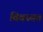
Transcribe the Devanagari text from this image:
विवस्वत